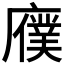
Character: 𫸆